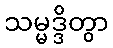
သမ္မဒ္ဒိတွာ